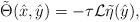
LaTeX: \begin{align*}\tilde \Theta(\hat x, \hat y) = - \tau \mathcal{L} \tilde \eta(\hat y),\end{align*}